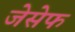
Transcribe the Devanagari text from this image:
जेसेफ